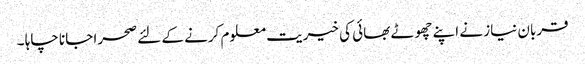
قربان نیاز نے اپنے چھوٹے بھائی کی خیریت معلوم کرنے کے لئے صحرا جانا چاہا ۔